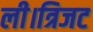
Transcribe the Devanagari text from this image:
ली।त्रिजट